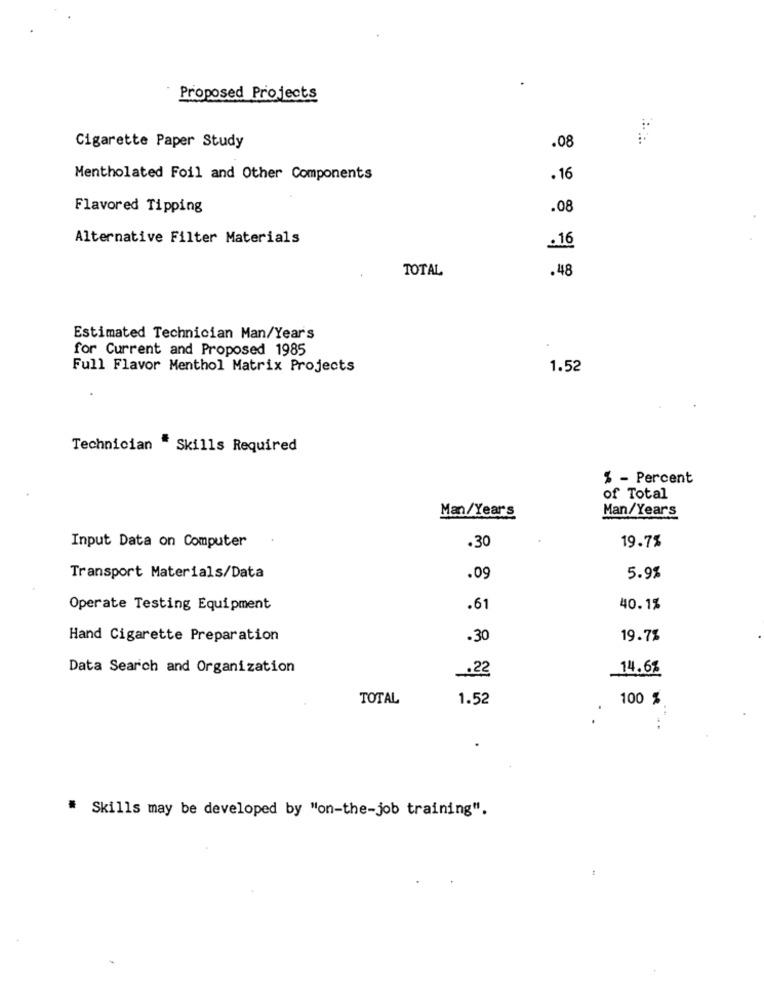
Proposed Projects
Cigarette Paper Study
.08
Mentholated Foil and Other Components
. 16
Flavored Tipping
.08
Alternative Filter Materials
. 16
TOTAL
.48
Estimated Technician Man/Year's
for Current and Proposed 1985
Full Flavor Menthol Matrix Projects
1.52
Technician * Skills Required
% - Percent
of Total
Man/Years
Man/Years
19.7%
Input Data on Computer
.30
Transport Materials/Data
.09
5.9%
Operate Testing Equipment
.61
40.1%
Hand Cigarette Preparation
.30
19.7%
Data Search and Organization
14.62
.22
TOTAL
1.52
100 %
.
.
# Skills may be developed by "on-the-job training".